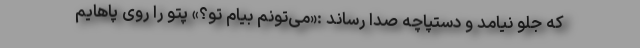
که جلو نیامد و دستپاچه صدا رساند :«می‌تونم بیام تو؟» پتو را روی پاهایم